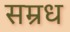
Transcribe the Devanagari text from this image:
सम्रध